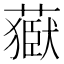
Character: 𦽕